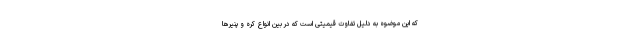
که این موضوه به دلیل تفاوت قیمیتی است که در بین انواع کره و پنیرها